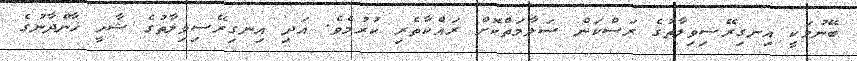
ބޭނުމަކީ އިނގިރޭސިވިލާތުގެ ރަސްކަން ސަލާމަތްކޮށް ރައްކާތެރި ކުރުމެވެ. އަދި އިނގިރޭސިވިލާތުގެ ޝާހީ ޚާންދާނުގެ